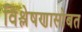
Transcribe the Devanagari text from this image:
विश्लेषणासोबत